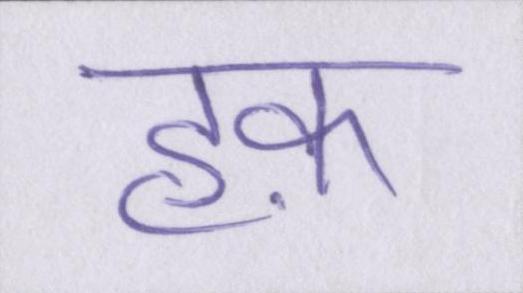
हक़